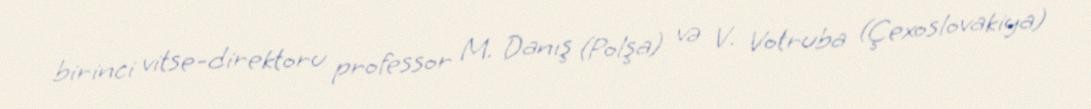
birinci vitse-direktoru professor M. Danış (Polşa) və V. Votruba (Çexoslovakiya)